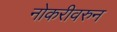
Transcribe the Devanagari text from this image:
नोकरीवरुन